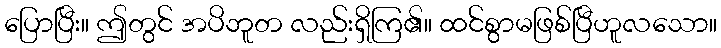
ပြောပြီး။ ဤတွင် အပိဘူတ လည်းရှိကြ၏။ ထင်စွာမဖြစ်ပြီဟူလသော။